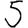
Digit: 5